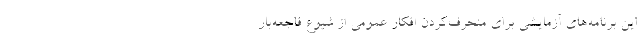
این برنامه‌های آزمایشی برای منحرف‌کردن افکار عمومی از شیوع فاجعه‌بار